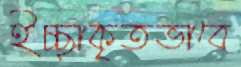
ইচ্ছাকৃতভাবে